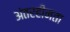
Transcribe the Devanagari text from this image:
अंतरहीनता